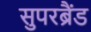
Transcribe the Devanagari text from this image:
सुपरब्रैंड